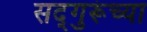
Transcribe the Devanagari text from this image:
सद्‍गुरूंच्या